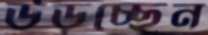
উড়চ্ছেন